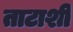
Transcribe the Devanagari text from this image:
ताटाशी